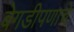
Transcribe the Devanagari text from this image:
बेगडीपणाचे